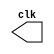
// Clock module

`timescale 1 ns/100 ps

module clock (clk);
	output clk;
	reg clk;
	
	initial begin
		clk = 0;
	end

	always begin
		#5 clk = ~clk;
	end

endmodule